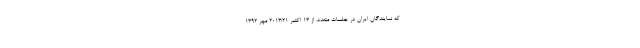
که نمایندگان ایران در جلسات متعدد، از 13 اکتبر 2013/21 مهر 1392 -